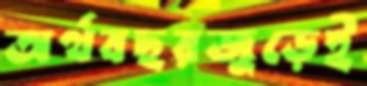
অর্থবছরজুড়েই